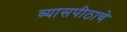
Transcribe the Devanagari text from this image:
व्यासपीठाचे